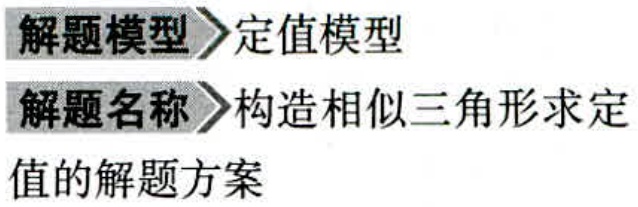
\begin{document}

解题模型 定值模型

解题名称 构造相似三角形求定值的解题方案

\end{document}